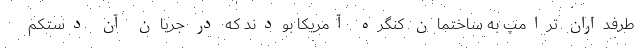
طرفداران ترامپ به ساختمان کنگره آمریکا بودند که در جریان آن دستکم